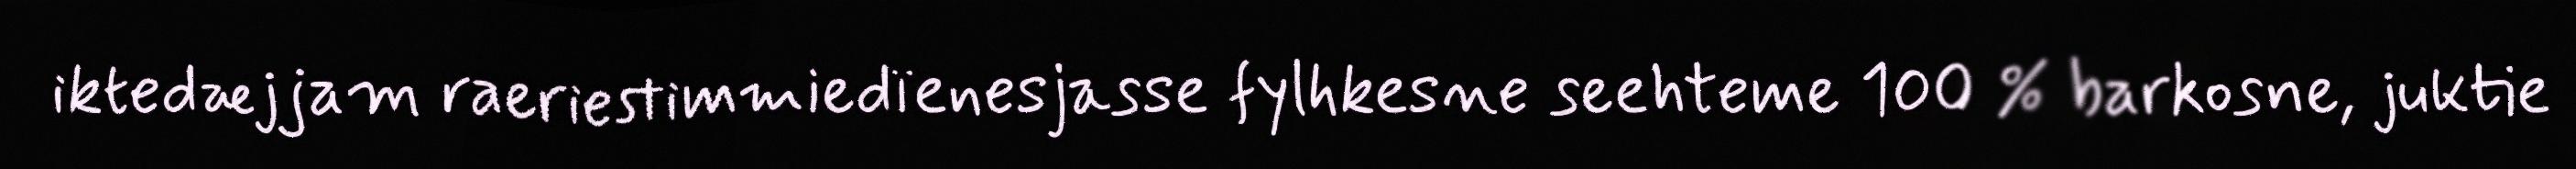
iktedæjjam raeriestimmiedïenesjasse fylhkesne seehteme 100 % barkosne, juktie